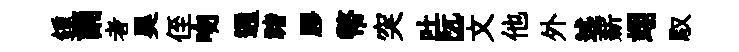
鍾誦者昊侄吻通禇膠幣突吐阮-文他外述薪翊馭